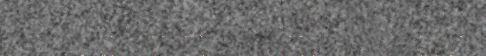
Ärbivuáváliih säämi